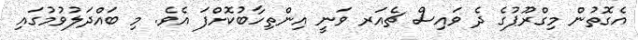
އެގޮތުން މިގްރޫޕުގެ ދެ ވައިސް ޗެއަރ ވަނީ އިންތިހާބުކޮށްފަ އެވެ. މި ބައްދަލުވުމުގައި